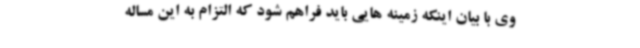
وی با بیان اینکه زمینه هایی باید فراهم شود که التزام به این مساله